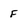
Character: f